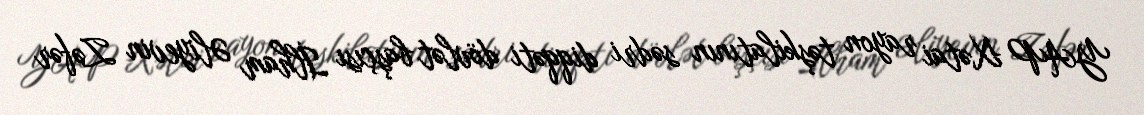
YAP Xətai rayon təşkilatının sədri diqqəti dövlət başçısı İlham Əliyevin Zəfər